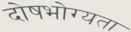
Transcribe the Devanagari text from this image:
दोषभोग्यता